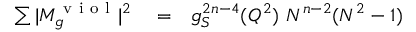
\begin{array} { r l r } { \sum \vert M _ { g } ^ { \mathrm { ~ v ~ i ~ o ~ l ~ } } \vert ^ { 2 } } & { { } = } & { g _ { S } ^ { 2 n - 4 } ( Q ^ { 2 } ) ~ N ^ { n - 2 } ( N ^ { 2 } - 1 ) } \end{array}